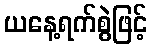
ယနေ့ရက်စွဲဖြင့်